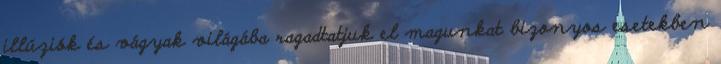
illúziók és vágyak világába ragadtatjuk el magunkat bizonyos esetekben